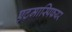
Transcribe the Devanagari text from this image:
एटमास्पिफयर